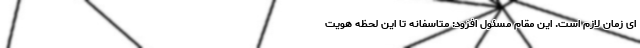
ای زمان لازم است. این مقام مسئول افزود: متاسفانه تا این لحظه هویت